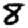
Digit: 8